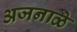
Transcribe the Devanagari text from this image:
अजनाळे